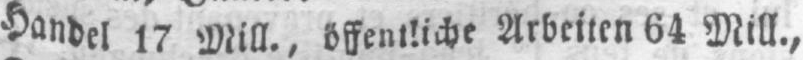
Handel 17 Mill., öffentliche Arbeiten 64 Mill.,